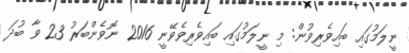
ނީލަމުގައި ބައިވެރިވުން: މި ނީލަމުގައި ބައިވެރިވެވޭނީ 2016 ނޮވެންބަރު 23 ވާ ބުދަ